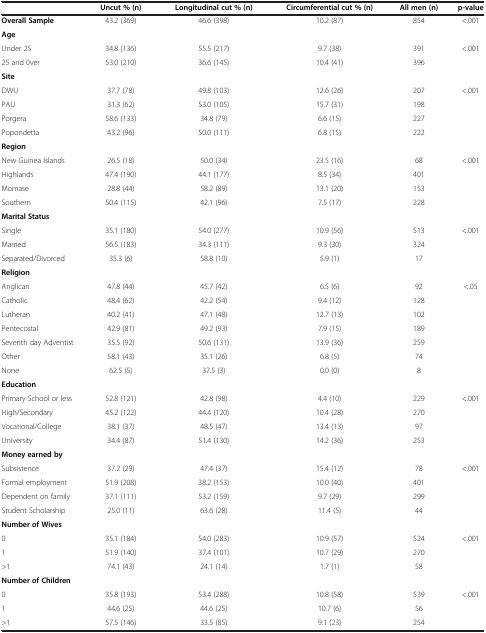
<table><thead><tr><td>[EMPTY_CELL]</td><td colspan="2"><b>Uncut % (n)</b></td><td colspan="2"><b>Longitudinal cut % (n)</b></td><td colspan="2"><b>Circumferential cut % (n)</b></td><td><b>All men (n)</b></td><td><b>p-value</b></td></tr></thead><tbody><tr><td><b>Overall Sample</b></td><td colspan="2">43.2 (369)</td><td colspan="2">46.6 (398)</td><td colspan="2">10.2 (87)</td><td>854</td><td>&lt;.001</td></tr><tr><td><b>Age</b></td><td>[EMPTY_CELL]</td><td>[EMPTY_CELL]</td><td>[EMPTY_CELL]</td><td>[EMPTY_CELL]</td><td>[EMPTY_CELL]</td><td>[EMPTY_CELL]</td><td>[EMPTY_CELL]</td><td>[EMPTY_CELL]</td></tr><tr><td>Under 25</td><td colspan="2">34.8 (136)</td><td colspan="2">55.5 (217)</td><td colspan="2">9.7 (38)</td><td>391</td><td>&lt;.001</td></tr><tr><td>25 and 0ver</td><td colspan="2">53.0 (210)</td><td colspan="2">36.6 (145)</td><td colspan="2">10.4 (41)</td><td>396</td><td>[EMPTY_CELL]</td></tr><tr><td><b>Site</b></td><td>[EMPTY_CELL]</td><td>[EMPTY_CELL]</td><td>[EMPTY_CELL]</td><td>[EMPTY_CELL]</td><td>[EMPTY_CELL]</td><td>[EMPTY_CELL]</td><td>[EMPTY_CELL]</td><td>[EMPTY_CELL]</td></tr><tr><td>DWU</td><td colspan="2">37.7 (78)</td><td colspan="2">49.8 (103)</td><td colspan="2">12.6 (26)</td><td>207</td><td>&lt;.001</td></tr><tr><td>PAU</td><td colspan="2">31.3 (62)</td><td colspan="2">53.0 (105)</td><td colspan="2">15.7 (31)</td><td>198</td><td>[EMPTY_CELL]</td></tr><tr><td>Porgera</td><td colspan="2">58.6 (133)</td><td colspan="2">34.8 (79)</td><td colspan="2">6.6 (15)</td><td>227</td><td>[EMPTY_CELL]</td></tr><tr><td>Popondetta</td><td colspan="2">43.2 (96)</td><td colspan="2">50.0 (111)</td><td colspan="2">6.8 (15)</td><td>222</td><td>[EMPTY_CELL]</td></tr><tr><td><b>Region</b></td><td>[EMPTY_CELL]</td><td>[EMPTY_CELL]</td><td>[EMPTY_CELL]</td><td>[EMPTY_CELL]</td><td>[EMPTY_CELL]</td><td>[EMPTY_CELL]</td><td>[EMPTY_CELL]</td><td>[EMPTY_CELL]</td></tr><tr><td>New Guinea Islands</td><td colspan="2">26.5 (18)</td><td colspan="2">50.0 (34)</td><td colspan="2">23.5 (16)</td><td>68</td><td>&lt;.001</td></tr><tr><td>Highlands</td><td colspan="2">47.4 (190)</td><td colspan="2">44.1 (177)</td><td colspan="2">8.5 (34)</td><td>401</td><td>[EMPTY_CELL]</td></tr><tr><td>Momase</td><td colspan="2">28.8 (44)</td><td colspan="2">58.2 (89)</td><td colspan="2">13.1 (20)</td><td>153</td><td>[EMPTY_CELL]</td></tr><tr><td>Southern</td><td colspan="2">50.4 (115)</td><td colspan="2">42.1 (96)</td><td colspan="2">7.5 (17)</td><td>228</td><td>[EMPTY_CELL]</td></tr><tr><td><b>Marital Status</b></td><td>[EMPTY_CELL]</td><td>[EMPTY_CELL]</td><td>[EMPTY_CELL]</td><td>[EMPTY_CELL]</td><td>[EMPTY_CELL]</td><td>[EMPTY_CELL]</td><td>[EMPTY_CELL]</td><td>[EMPTY_CELL]</td></tr><tr><td>Single</td><td colspan="2">35.1 (180)</td><td colspan="2">54.0 (277)</td><td colspan="2">10.9 (56)</td><td>513</td><td>&lt;.001</td></tr><tr><td>Married</td><td colspan="2">56.5 (183)</td><td colspan="2">34.3 (111)</td><td colspan="2">9.3 (30)</td><td>324</td><td>[EMPTY_CELL]</td></tr><tr><td>Separated/Divorced</td><td colspan="2">35.3 (6)</td><td colspan="2">58.8 (10)</td><td colspan="2">5.9 (1)</td><td>17</td><td>[EMPTY_CELL]</td></tr><tr><td><b>Religion</b></td><td>[EMPTY_CELL]</td><td>[EMPTY_CELL]</td><td>[EMPTY_CELL]</td><td>[EMPTY_CELL]</td><td>[EMPTY_CELL]</td><td>[EMPTY_CELL]</td><td>[EMPTY_CELL]</td><td>[EMPTY_CELL]</td></tr><tr><td>Anglican</td><td colspan="2">47.8 (44)</td><td colspan="2">45.7 (42)</td><td colspan="2">6.5 (6)</td><td>92</td><td>&lt;.05</td></tr><tr><td>Catholic</td><td colspan="2">48.4 (62)</td><td colspan="2">42.2 (54)</td><td colspan="2">9.4 (12)</td><td>128</td><td>[EMPTY_CELL]</td></tr><tr><td>Lutheran</td><td colspan="2">40.2 (41)</td><td colspan="2">47.1 (48)</td><td colspan="2">12.7 (13)</td><td>102</td><td>[EMPTY_CELL]</td></tr><tr><td>Pentecostal</td><td colspan="2">42.9 (81)</td><td colspan="2">49.2 (93)</td><td colspan="2">7.9 (15)</td><td>189</td><td>[EMPTY_CELL]</td></tr><tr><td>Seventh day Adventist</td><td colspan="2">35.5 (92)</td><td colspan="2">50.6 (131)</td><td colspan="2">13.9 (36)</td><td>259</td><td>[EMPTY_CELL]</td></tr><tr><td>Other</td><td colspan="2">58.1 (43)</td><td colspan="2">35.1 (26)</td><td colspan="2">6.8 (5)</td><td>74</td><td>[EMPTY_CELL]</td></tr><tr><td>None</td><td colspan="2">62.5 (5)</td><td colspan="2">37.5 (3)</td><td colspan="2">0.0 (0)</td><td>8</td><td>[EMPTY_CELL]</td></tr><tr><td><b>Education</b></td><td>[EMPTY_CELL]</td><td>[EMPTY_CELL]</td><td>[EMPTY_CELL]</td><td>[EMPTY_CELL]</td><td>[EMPTY_CELL]</td><td>[EMPTY_CELL]</td><td>[EMPTY_CELL]</td><td>[EMPTY_CELL]</td></tr><tr><td>Primary School or less</td><td colspan="2">52.8 (121)</td><td colspan="2">42.8 (98)</td><td colspan="2">4.4 (10)</td><td>229</td><td>&lt;.001</td></tr><tr><td>High/Secondary</td><td colspan="2">45.2 (122)</td><td colspan="2">44.4 (120)</td><td colspan="2">10.4 (28)</td><td>270</td><td>[EMPTY_CELL]</td></tr><tr><td>Vocational/College</td><td colspan="2">38.1 (37)</td><td colspan="2">48.5 (47)</td><td colspan="2">13.4 (13)</td><td>97</td><td>[EMPTY_CELL]</td></tr><tr><td>University</td><td colspan="2">34.4 (87)</td><td colspan="2">51.4 (130)</td><td colspan="2">14.2 (36)</td><td>253</td><td>[EMPTY_CELL]</td></tr><tr><td><b>Money earned by</b></td><td>[EMPTY_CELL]</td><td>[EMPTY_CELL]</td><td>[EMPTY_CELL]</td><td>[EMPTY_CELL]</td><td>[EMPTY_CELL]</td><td>[EMPTY_CELL]</td><td>[EMPTY_CELL]</td><td>[EMPTY_CELL]</td></tr><tr><td>Subsistence</td><td colspan="2">37.2 (29)</td><td colspan="2">47.4 (37)</td><td colspan="2">15.4 (12)</td><td>78</td><td>&lt;.001</td></tr><tr><td>Formal employment</td><td colspan="2">51.9 (208)</td><td colspan="2">38.2 (153)</td><td colspan="2">10.0 (40)</td><td>401</td><td>[EMPTY_CELL]</td></tr><tr><td>Dependent on family</td><td colspan="2">37.1 (111)</td><td colspan="2">53.2 (159)</td><td colspan="2">9.7 (29)</td><td>299</td><td>[EMPTY_CELL]</td></tr><tr><td>Student Scholarship</td><td colspan="2">25.0 (11)</td><td colspan="2">63.6 (28)</td><td colspan="2">11.4 (5)</td><td>44</td><td>[EMPTY_CELL]</td></tr><tr><td><b>Number of Wives</b></td><td>[EMPTY_CELL]</td><td>[EMPTY_CELL]</td><td>[EMPTY_CELL]</td><td>[EMPTY_CELL]</td><td>[EMPTY_CELL]</td><td>[EMPTY_CELL]</td><td>[EMPTY_CELL]</td><td>[EMPTY_CELL]</td></tr><tr><td>0</td><td colspan="2">35.1 (184)</td><td colspan="2">54.0 (283)</td><td colspan="2">10.9 (57)</td><td>524</td><td>&lt;.001</td></tr><tr><td>1</td><td colspan="2">51.9 (140)</td><td colspan="2">37.4 (101)</td><td colspan="2">10.7 (29)</td><td>270</td><td>[EMPTY_CELL]</td></tr><tr><td>&gt;1</td><td colspan="2">74.1 (43)</td><td colspan="2">24.1 (14)</td><td colspan="2">1.7 (1)</td><td>58</td><td>[EMPTY_CELL]</td></tr><tr><td><b>Number of Children</b></td><td>[EMPTY_CELL]</td><td>[EMPTY_CELL]</td><td>[EMPTY_CELL]</td><td>[EMPTY_CELL]</td><td>[EMPTY_CELL]</td><td>[EMPTY_CELL]</td><td>[EMPTY_CELL]</td><td>[EMPTY_CELL]</td></tr><tr><td>0</td><td colspan="2">35.8 (193)</td><td colspan="2">53.4 (288)</td><td colspan="2">10.8 (58)</td><td>539</td><td>&lt;.001</td></tr><tr><td>1</td><td colspan="2">44.6 (25)</td><td colspan="2">44.6 (25)</td><td colspan="2">10.7 (6)</td><td>56</td><td>[EMPTY_CELL]</td></tr><tr><td>&gt;1</td><td colspan="2">57.5 (146)</td><td colspan="2">33.5 (85)</td><td colspan="2">9.1 (23)</td><td>254</td><td>[EMPTY_CELL]</td></tr></tbody></table>